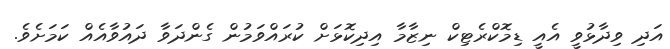
އަދި ވިދާޅުވީ އެއީ ޑިމޮކްރެޓިކް ނިޒާމާ އިދިކޮޅަށް ކުރައްވަމުން ގެންދަވާ ދައުވާއެއް ކަމަށެވެ.